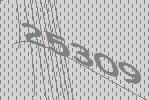
25309